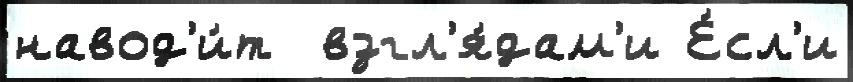
навод'и́т  взгл'я́дам'и Е́сл'и